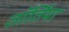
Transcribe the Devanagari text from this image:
तॉर्तिया